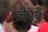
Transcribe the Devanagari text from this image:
जैरेड